Statistical return of the lunatic asylum in Assam - 1912-1932
Year: 1912
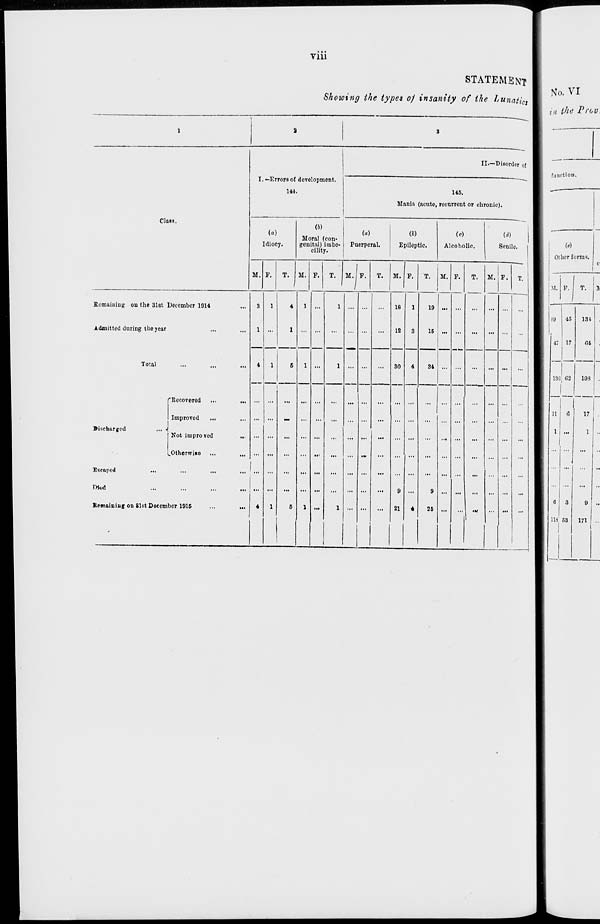
Vlll
STATEMENT
Showing the types of insanity of the Lunatic
II.—Disord or of
I. -Errors of development.
144.
145.
Mania (acute, recurrent or chronic).
Class.
(a)
Idiocy.
(i)
Moral (con-
genital) imbe-
cility.
(a)
Puerperal.
Epileptic.
(o)
Alcoholic.
(d)
Senile.
M. F.
T.
1
M. F.
T. M.lF.
T.
M. F.
T.
M. F.
T.
1 , M
i
M. F.
T.
Remaining on the 31st December 1914
...
.Admitted during the year
3
1
4
4
1
1
4
1
6
1
1
...
1
...
...
...
18
12
30
9
21
1
3
4
19
15
...
...
...
...
...
Total
1
...
...
34
...
...
Discharged
... •
Escaped
...
JMud
Remaining on 81st Decem
""Recovered
Improved
...
Not improved
...
.Otherwise
her 1915
...
...
1
5
1
...
1
-
...
4
9
25
No. VI
in the Prov.
function.
w
Olhcr forms.
M. F.
T.
IV
89 45
47 I 17
136 <J2
131
fit
103
17
1
US 53
0
171